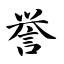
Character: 誉